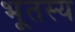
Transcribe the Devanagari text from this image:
भूतस्य